Vaccination in Bombay 1902-1912 - 1902-1912
Year: 1902
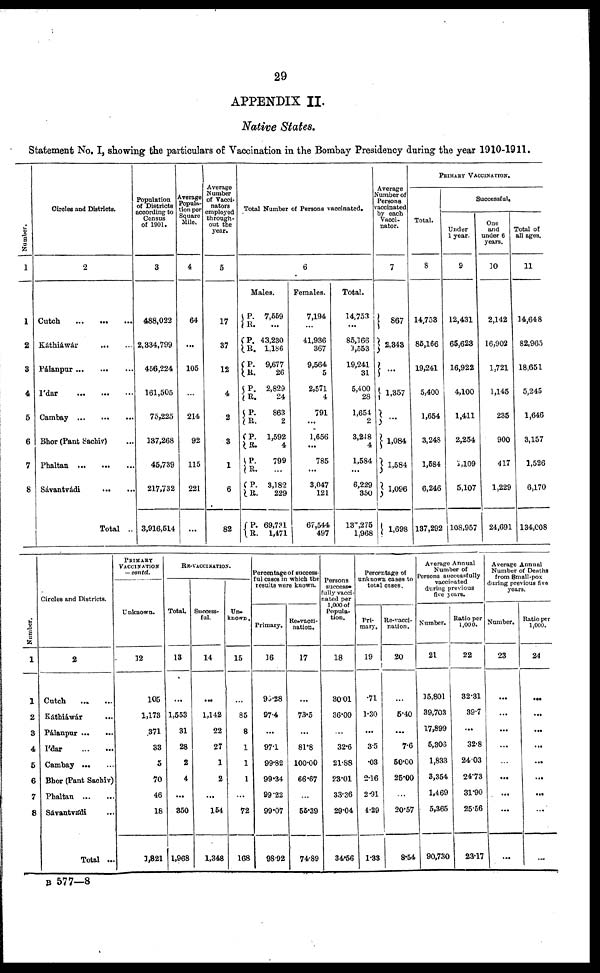
29
APPENDIX II.
Native States.
Statement No. I, showing the particulars of Vaccination in the Bombay Presidency during the year 1910-1911.
Number.
1
1
2
3
4
5
6
7
8
Circles and Districts.
2
Cutch
...
...
...
Káthiáwár
...
...
Pálanpur
...
...
...
I'dar
...
...
...
Cambay
...
...
...
Bhor (Pant Sachiv) ...
Phaltan
...
...
...
Sávantvádi
...
...
Total ...
Population
of Districts
according to
Census
of 1901.
3
488,022
2,334,799
456,224
161,505
75,225
137,268
45,739
217,732
3,916,514
Average
Popula-
tion per
Square
Mile.
4
64
...
105
...
214
92
115
221
...
Average
Number
of Vacci¬
nators
employed
through-
out the
year.
5
17
37
12
4
2
3
1
6
82
Total Number of Persons vaccinated.
6
Males.
P.
R.
P.
R.
P.
R.
P.
R.
P.
R.
P.
R.
P.
R.
P.
R.
P.
R.
7,559
...
43,230
1,186
9,677
26
2,829
24
863
2
1,592
4
799
...
3,182
229
69,731
1,471
Females.
7,194
...
41,936
367
9,564
5
2,571
4
791
...
1,656
...
785
...
3,047
121
67,544
497
Total.
14,753
...
85,166
1,553
19,241
31
5,400
28
1,654
2
3,248
4
1,584
...
6,229
350
135,275
1,968
Average
Number of
Persons
vaccinated
by each
Vacci¬
nator.
7
867
2,343
...
1,357
...
1,084
1,584
1,096
1,698
PRIMARY VACCINATION.
Total.
8
14,753
85,166
19,241
5,400
1,654
3,248
1,584
6,246
137,292
Successful.
Under
1 year.
9
12,431
65,623
16,922
4,100
1,411
2,254
1,109
5,107
108,957
One
and
under 6
years.
10
2,142
16,902
1,721
1,145
235
900
417
1,229
24,691
Total of
all ages.
11
14,648
82,965
18,651
5,245
1,646
3,157
1,526
6,170
134,008
Number.
1
1
2
3
4
5
6
7
8
Circles and Districts.
2
Catch
...
...
Káthiáwár ...
Pálanpur ... ...
I'dar
...
...
Cambay ... ...
Bhor (Pant Sachiv)
Phaltan
...
...
Sávantvádi ...
Total ...
PRIMARY
VACCINATION
— contd.
Unknown.
12
105
1,173
371
33
5
70
46
18
1,821
RE-VACCINATION.
Total.
13
...
1,553
31
28
2
4
...
350
1,968
Success-
ful.
14
...
1,142
22
27
1
2
...
154
1,348
Un-
known .
15
...
85
8
1
1
1
...
72
168
Percentage of success-
ful cases in which the
results were known.
Primary.
16
93.28
97.4
...
97.1
99.82
99.34
99.22
99.07
98.92
Re-vacci-
nation.
17
...
73.5
...
81.8
100.00
66.67
...
55.39
74.89
Persons
success¬
fully vacci-
nated per
1,000 of
Popula-
tion.
18
30.01
36.00
...
32.6
21.88
23.01
33.36
29.04
34.56
Percentage of
unknown cases to
total cases.
Pri-
mary.
19
.71
1.30
...
3.5
.03
2.16
2.91
4.29
1.33
Re-vacci-
nation.
20
...
5.40
...
7.6
50.00
25.00
...
20.57
8.54
Average Annual
Number of
Persons successfully
vaccinated
during previous
five years.
Number.
21
15,801
39,703
17,899
5,306
1,833
3,354
1,469
5,365
90,730
Ratio per
1,000.
22
32.31
39.7
...
32.8
24.03
24.73
31.90
25.56
23.17
Average Annual
Number of Deaths
from Small-pox
during previous five
years.
Number.
23
...
...
...
...
...
...
...
...
...
Ratio per
1,000.
24
...
...
...
...
...
...
...
...
...
B 577—8